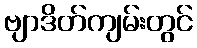
ဗျာဒိတ်ကျမ်းတွင်